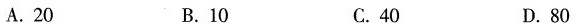
A.20 B.10 C.40 D.80